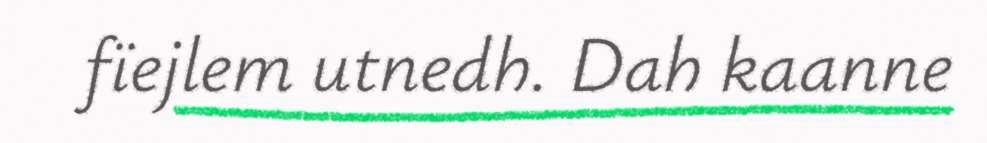
fïejlem utnedh. Dah kaanne